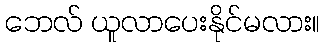
ဘေလ် ယူလာပေးနိုင်မလား။